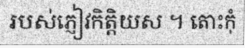
របស់ភ្ញៀវកិត្តិយស ។ តោះកុំ